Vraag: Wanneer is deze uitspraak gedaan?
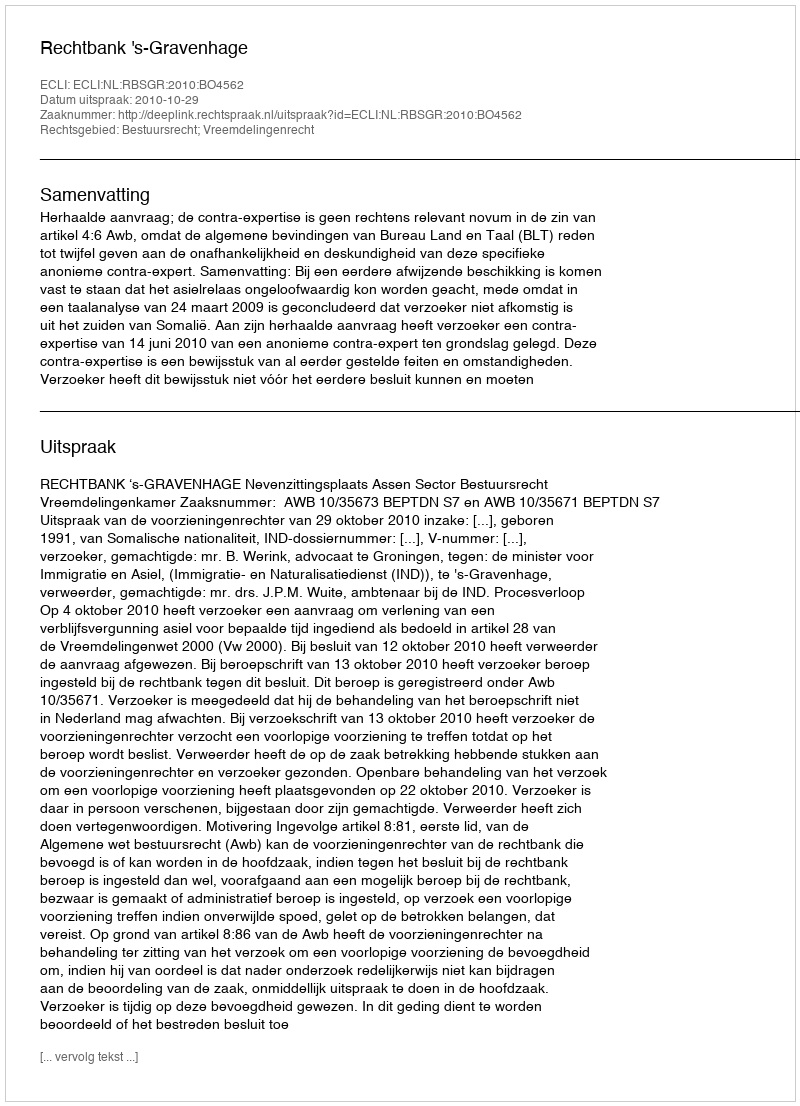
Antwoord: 2010-10-29